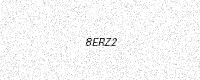
Text: 8ERZ2